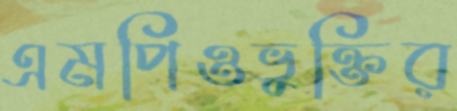
এমপিওভুক্তির